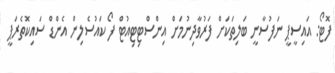
ފޮޓޯ: އައިސީޕީ ނަފުސާނީ ބަލިތަކަށް ފަރުވާދިނުމަށް އިންސްޓިޓިއުޓް ފޯ ކައުސެލިން އެންޑް ސައިކޮތެރަޕީ